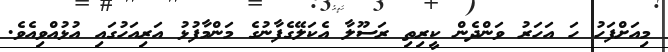
މިއަށްފަހު ހަ އަހަރު ވަންދެން ކީރިތި ރަސޫލާ އެކަލޭގެފާނުގެ މަންމާފުޅު އަރިއަހުގައި އުޅުއްވިއެވެ.